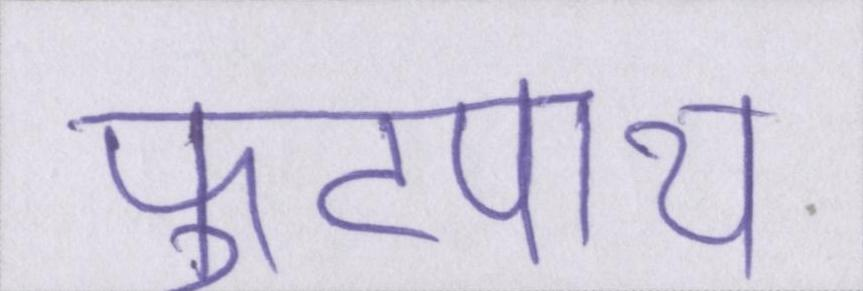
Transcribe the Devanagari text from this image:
फुटपाथ